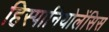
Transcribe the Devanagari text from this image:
हिस्पानियोलेंसिस